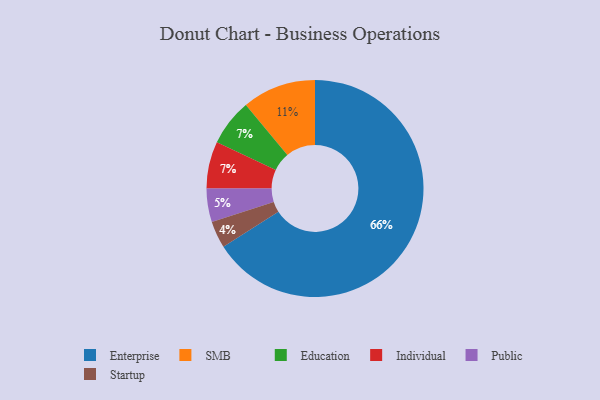
{"axis": {"x": "Category", "y": "Percentage"}, "legend": ["Education", "Enterprise", "Individual", "Public", "SMB", "Startup"], "data": [{"x": "Education", "y": 7, "type": "Education"}, {"x": "Enterprise", "y": 66, "type": "Enterprise"}, {"x": "Startup", "y": 4, "type": "Startup"}, {"x": "SMB", "y": 11, "type": "SMB"}, {"x": "Individual", "y": 7, "type": "Individual"}, {"x": "Public", "y": 5, "type": "Public"}]}